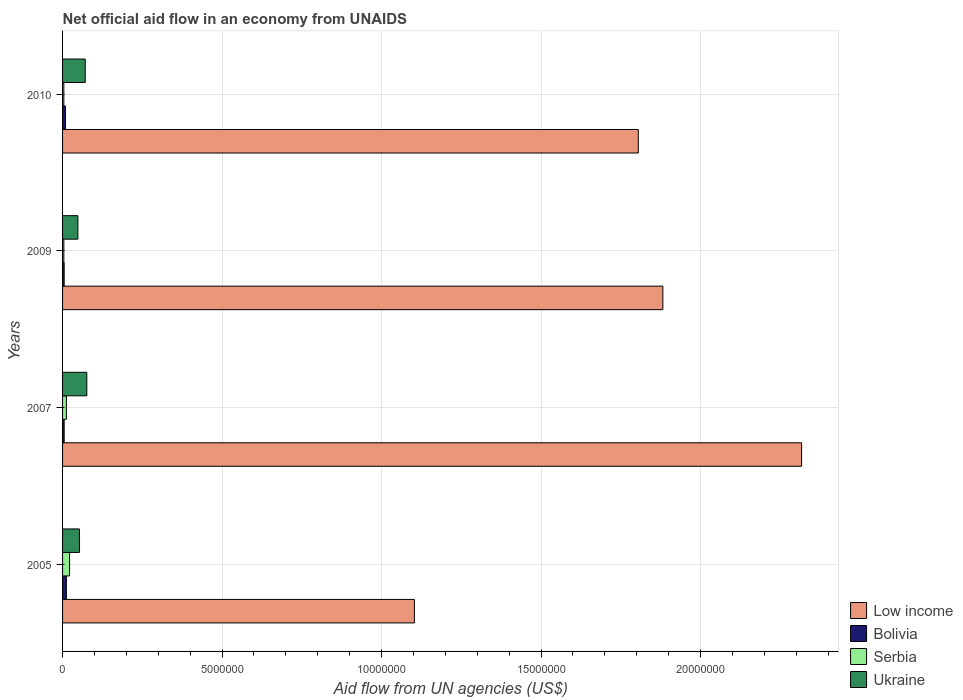
| Years | Low income | Bolivia | Serbia | Ukraine |
 | --- | --- | --- | --- | --- |
 | 2005 | 1.1e+07 | 1.2e+05 | 2.2e+05 | 5.3e+05 |
 | 2007 | 2.32e+07 | 5e+04 | 1.2e+05 | 7.6e+05 |
 | 2009 | 1.88e+07 | 5e+04 | 4e+04 | 4.8e+05 |
 | 2010 | 1.80e+07 | 9e+04 | 4e+04 | 7.1e+05 |